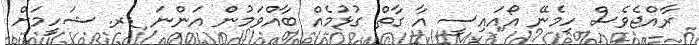
ރާއްޖެވެސް ހިމެނޭ އޯއައިސީ އާ ގާތް ގުޅުމެއް ބާއްވަމުން އަންނަ ޑރ. ޝަހީމަށް